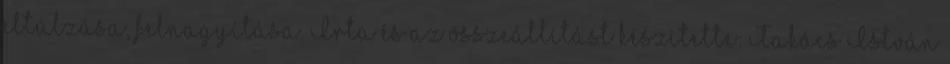
eltúlzása, felnagyítása. Írta és az összeállítást készítette: Takács István